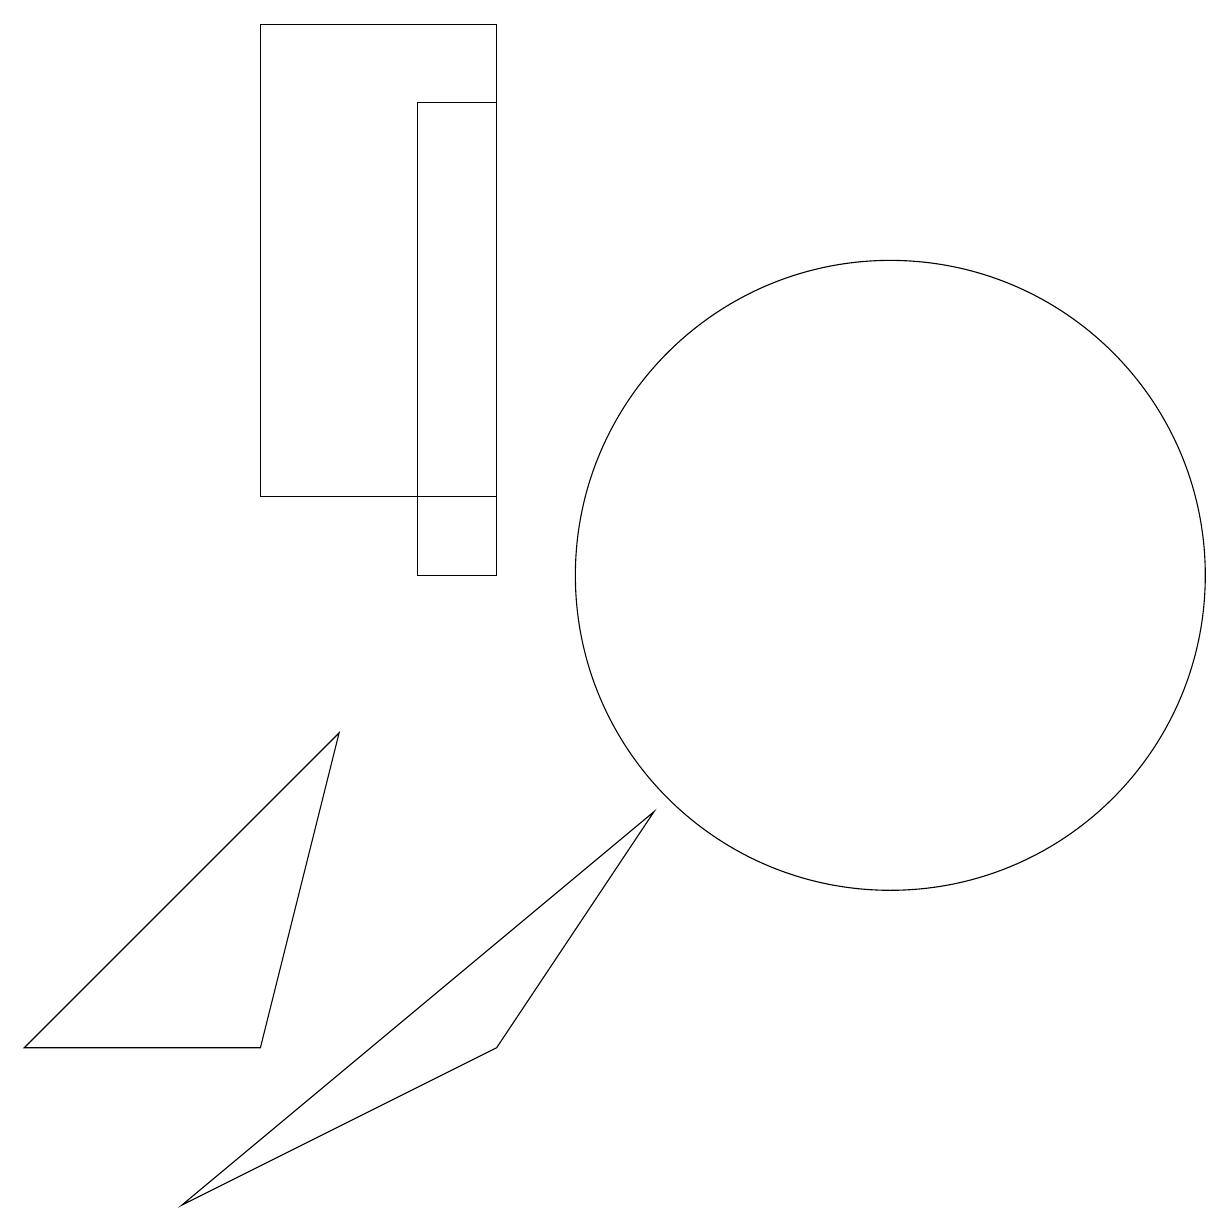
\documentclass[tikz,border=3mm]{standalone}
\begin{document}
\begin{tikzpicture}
\draw (4,5) -- (5,9) -- (1,5) -- cycle;
\draw (7,12) rectangle (4,18);
\draw (9,8) -- (3,3) -- (7,5) -- cycle;
\draw (7,11) rectangle (6,17);
\draw (12,11) circle (4);
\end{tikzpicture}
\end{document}